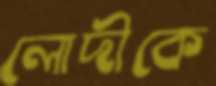
লোদীকে